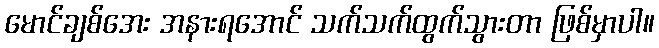
မောင်ချစ်အေး အနားရအောင် သက်သက်ထွက်သွားတာ ဖြစ်မှာပါ။